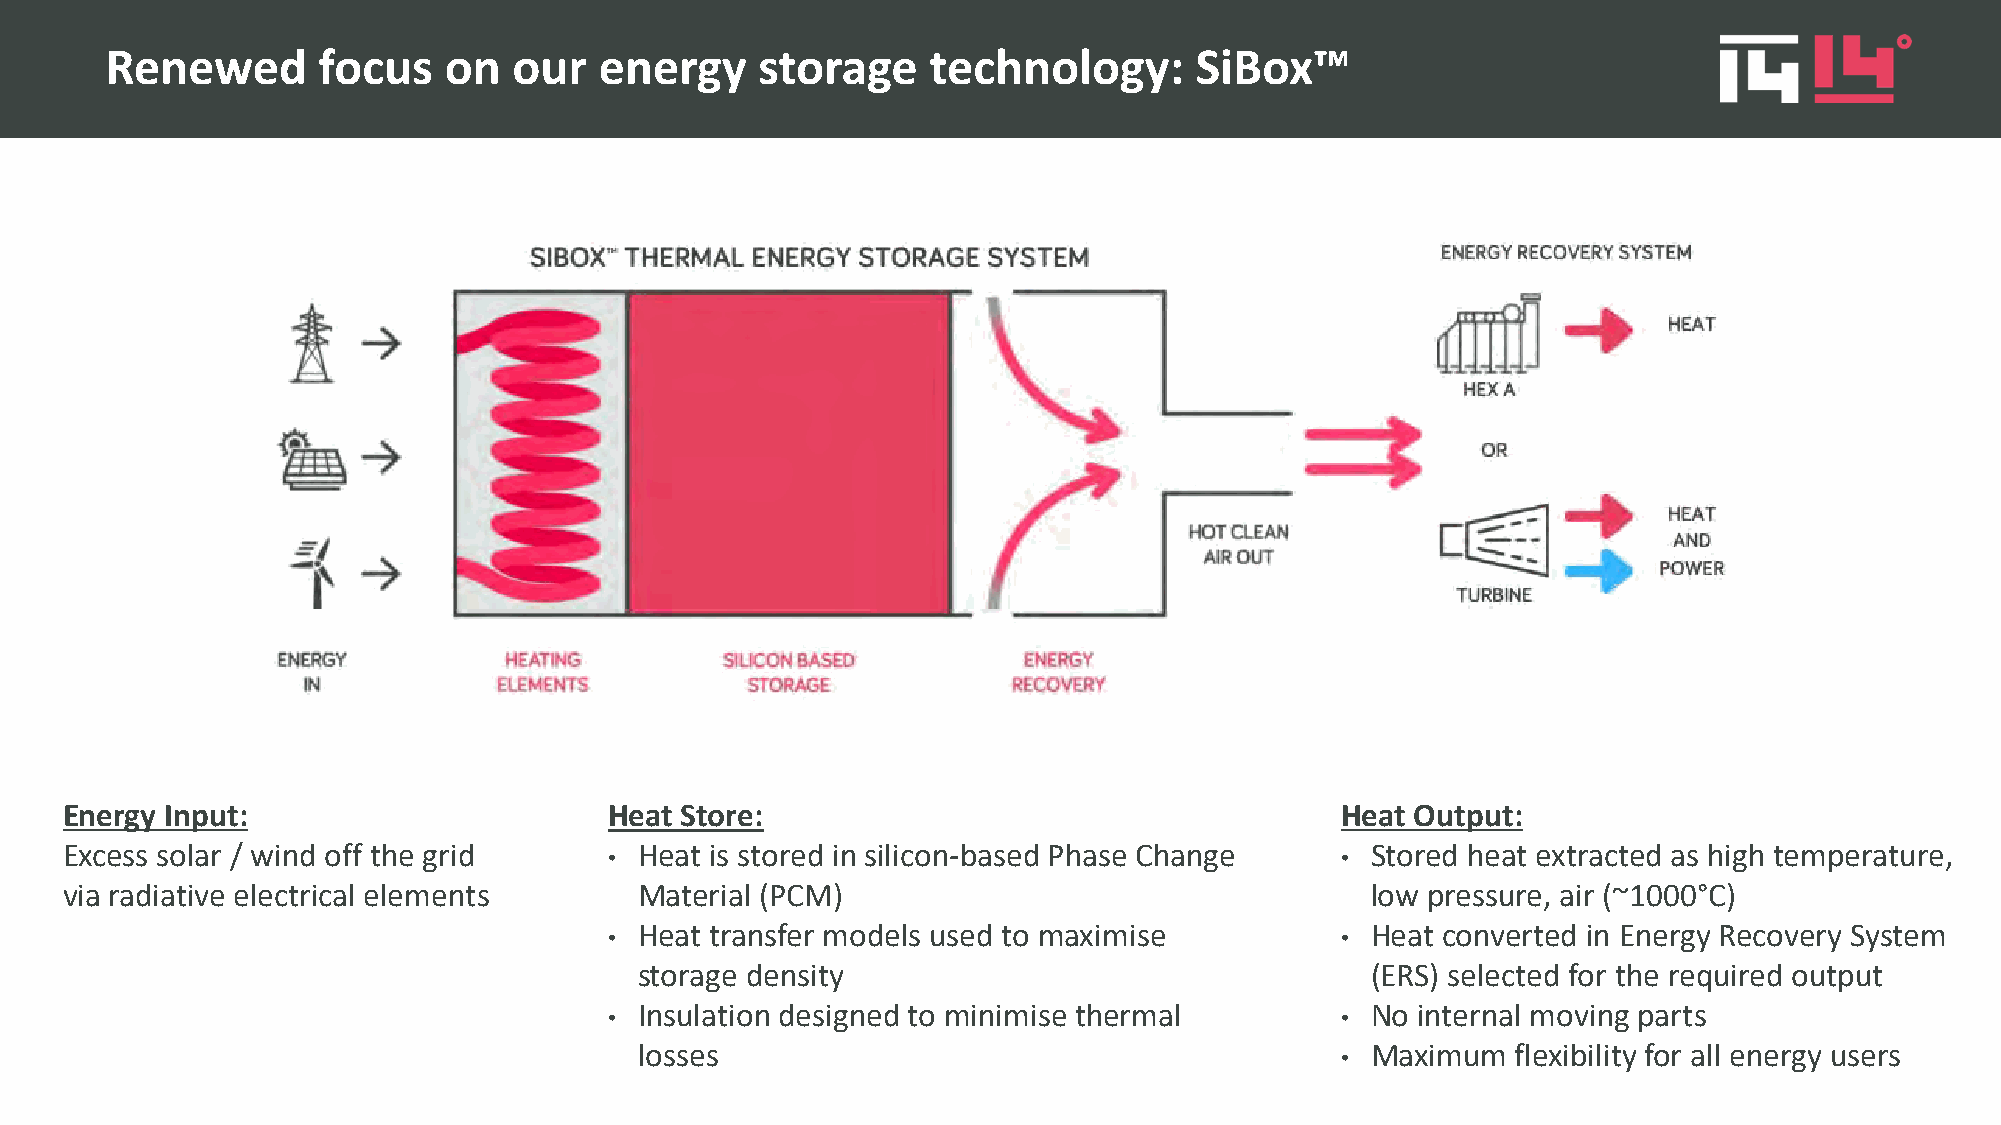
Renewed       focus   on   our   energy    storage     technology:      SiBox™
 Energy Input:                       Heat Store:                                      Heat Output:
 Excess solar / wind off the grid      Heat is stored in silicon-based Phase Change     Stored heat extracted as high temperature,
 •                                                •
 via radiative electrical elements     Material (PCM)                                   low pressure, air (~1000°C)
 Heat transfer models used to maximise            Heat converted in Energy Recovery System
 •                                                •
 storage density                                  (ERS) selected for the required output
 Insulation designed to minimise thermal          No internal moving parts
 •                                                •
 losses                                           Maximum  flexibility for all energy users
 •